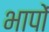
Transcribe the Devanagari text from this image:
भापों